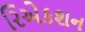
રિએકશન